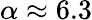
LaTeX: \alpha\approx 6.3